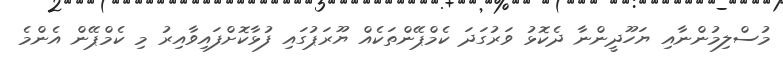
މުސްލިމުންނާއި ޔަހޫދީންނާ ދެކޮޅު ވަރުގަދަ ކެމްޕޭންތަކެއް ޔޫރަޕުގައި ފުޅާކޮށްފައިވާއިރު މި ކެމްޕޭން އެންމެ